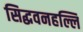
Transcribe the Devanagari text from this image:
सिद्धवनहल्लि